Indian journal of veterinary science and animal husbandry - Volumes 18-21, 1948-1951
Year: 1948
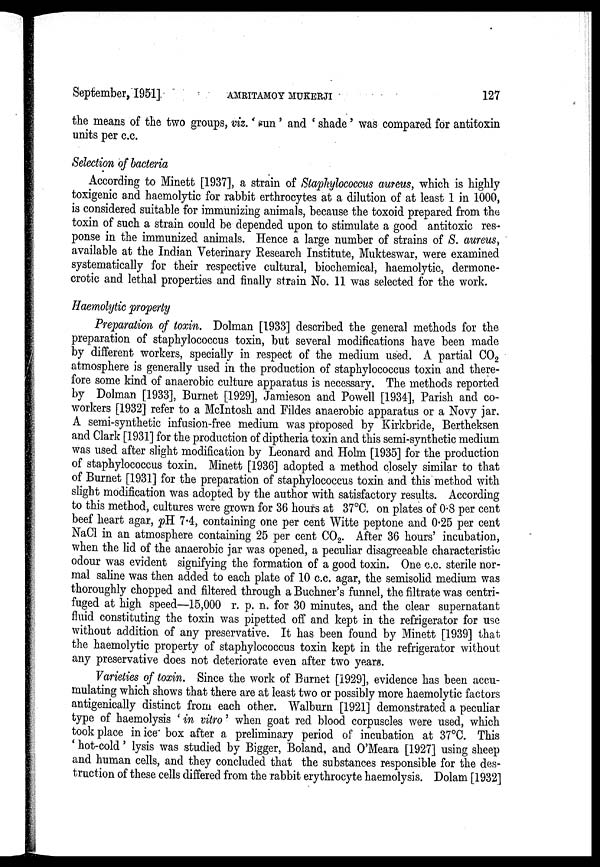
September, 1951]
AMRITAMOY
MUKERJI
127
the means of the two groups, viz. ' sun' and ' shade ' was compared for antitoxin
units per c.c.
Selection of bacteria
According to Minett [1937], a strain of Staphylococcus aureus, which is highly
toxigenic and haemolytic for rabbit erthrocytes at a dilution of at least 1 in 1000,
is considered suitable for immunizing animals, because the toxoid prepared from the
toxin of such a strain could be depended upon to stimulate a good antitoxic res-
ponse in the immunized animals. Hence a large number of strains of S. aureus,
available at the Indian Veterinary Research Institute, Mukteswar, were examined
systematically for their respective cultural, biochemical, haemolytic, dermone-
crotic and lethal properties and finally strain No. 11 was selected for the work.
Haemolytic property
Preparation of toxin. Dolman [1933] described the general methods for the
preparation of staphylococcus toxin, but several modifications have been made
by different workers, specially in respect of the medium used. A partial CO 2
atmosphere is generally used in the production of staphylococcus toxin and there-
fore some kind of anaerobic culture apparatus is necessary. The methods reported
by Dolman [1933], Burnet [1929], Jamieson and Powell [1934], Parish and co-
workers [1932] refer to a McIntosh and Fildes anaerobic apparatus or a Novy jar.
A semi-synthetic infusion-free medium was proposed by Eirkbride, Bertheksen
and Clark [1931] for the production of diptheria toxin and this semi-synthetic medium
was used after slight modification by Leonard and Holm [1935] for the production
of staphylococcus toxin. Minett [1936] adopted a method closely similar to that
of Burnet [1931] for the preparation of staphylococcus toxin and this method with
slight modification was adopted by the author with satisfactory results. According
to this method, cultures were grown for 36 hours at 37°C. on plates of 0.8 per cent
beef heart agar, pH 7.4, containing one per cent Witte peptone and 0.25 per cent
NaCl in an atmosphere containing 25 per cent CO 2 . After 36 hours' incubation,
when the lid of the anaerobic jar was opened, a peculiar disagreeable characteristic
odour was evident signifying the formation of a good toxin. One c.c. sterile nor-
mal saline was then added to each plate of 10 c.c. agar, the semisolid medium was
thoroughly chopped and filtered through a Buchner's funnel, the filtrate was centri-
fuged at high speed—15,000 r. p. n. for 30 minutes, and the clear supernatant
fluid constituting the toxin was pipetted off and kept in the refrigerator for use
without addition of any preservative. It has been found by Minett [1939] that
the haemolytic property of staphylococcus toxin kept in the refrigerator without
any preservative does not deteriorate even after two years.
Varieties of toxin. Since the work of Burnet [1929], evidence has been accu-
mulating which shows that there are at least two or possibly more haemolytic factors
antigenically distinct from each other. Walburn [1921] demonstrated a peculiar
type of haemolysis ' in vitro' when goat red blood corpuscles were used, which
took place in ice box after a preliminary period of incubation at 37°C. This
' hot-cold' lysis was studied by Bigger, Boland, and O'Meara [1927] using sheep
and human cells, and they concluded that the substances responsible for the des-
truction of these cells differed from the rabbit erythrocyte haemolysis. Dolam [1932]